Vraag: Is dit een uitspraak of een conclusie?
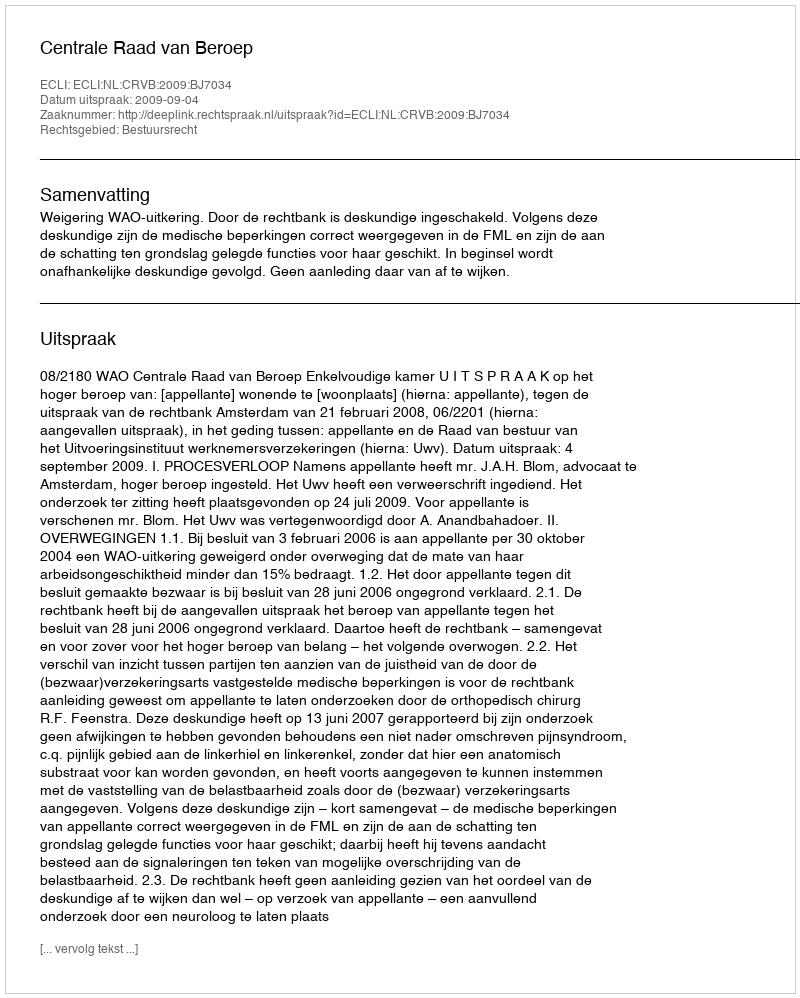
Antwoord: Uitspraak